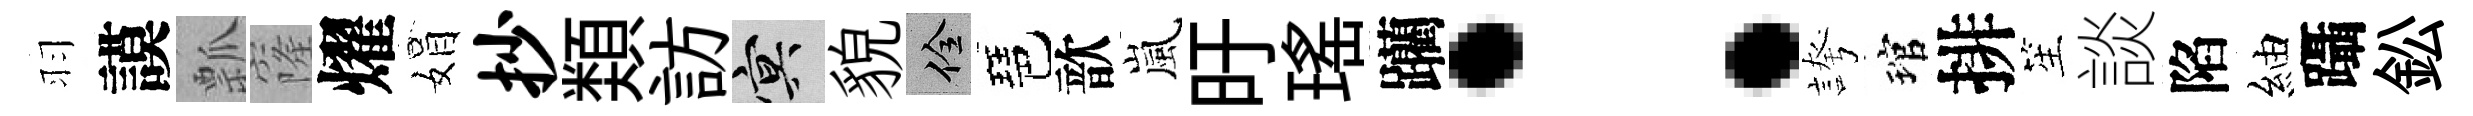
羽謨瓢窿燿娟抄𩔖訪冥貌佺琶歆嵐旴瑶躪：誇琯排笙談陷紬躡鈆